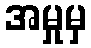
အမှုမှ